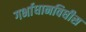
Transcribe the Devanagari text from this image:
गर्भाधानविधीस